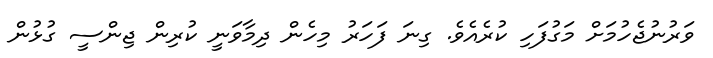
ވަރުނުޖެހުމަށް މަގުފަހި ކުރެއެވެ. ގިނަ ފަހަރު މިހެން ދިމާވަނީ ކުރިން ޖިންސީ ގުޅުން